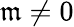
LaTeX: \mathfrak{m}\ne0